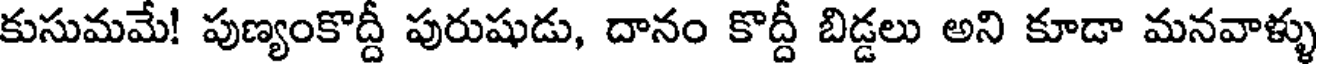
కుసుమమే! పుణ్యంకొద్దీ పురుషుడు, దానం కొద్దీ బిడ్డలు అని కూడా మనవాళ్ళు